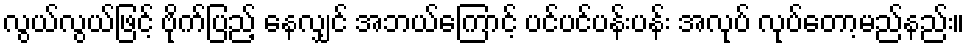
လွယ်လွယ်ဖြင့် ဗိုက်ပြည့် နေလျှင် အဘယ်ကြောင့် ပင်ပင်ပန်းပန်း အလုပ် လုပ်တော့မည်နည်း။